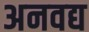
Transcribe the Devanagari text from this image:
अनवद्य